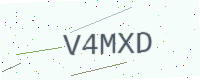
Text: V4MXD